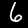
Digit: 6